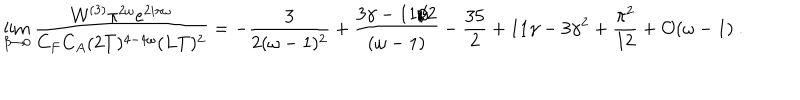
\lim _ { \beta \to 0 } { \frac { { \cal W } ^ { ( 3 ) } \pi ^ { 2 \omega } e ^ { 2 i \pi \omega } } { C _ { F } C _ { A } ( 2 T ) ^ { 4 - 4 \omega } ( L T ) ^ { 2 } } } = - { \frac { 3 } { 2 ( \omega - 1 ) ^ { 2 } } } + { \frac { 3 \gamma - 1 1 / 2 } { ( \omega - 1 ) } } - { \frac { 3 5 } { 2 } } + 1 1 \gamma - 3 \gamma ^ { 2 } + { \frac { \pi ^ { 2 } } { 1 2 } } + { \cal O } ( \omega - 1 ) \ .